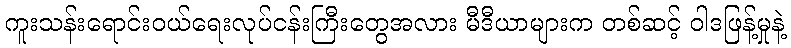
ကူးသန်းရောင်းဝယ်ရေးလုပ်ငန်းကြီးတွေအလား မီဒီယာများက တစ်ဆင့် ဝါဒဖြန့်မှုနဲ့